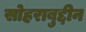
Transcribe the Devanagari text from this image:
सोहराबुद्दीन